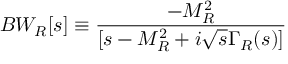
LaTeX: B W _ { R } [ s ] \equiv { \frac { - M _ { R } ^ { 2 } } { [ s - M _ { R } ^ { 2 } + i \sqrt s \Gamma _ { R } ( s ) ] } }